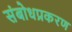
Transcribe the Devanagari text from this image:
संबोधप्रकरण